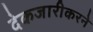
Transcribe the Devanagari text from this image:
देकजारीकरने